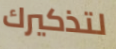
لتذكيرك